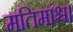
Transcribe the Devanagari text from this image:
मतिमांश्च।